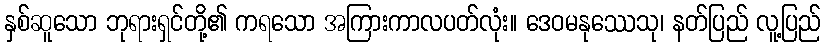
နှစ်ဆူသော ဘုရားရှင်တို့၏ ကရသော အကြားကာလပတ်လုံး။ ဒေဝမနုဿေသု၊ နတ်ပြည် လူ့ပြည်